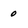
Character: 0